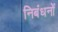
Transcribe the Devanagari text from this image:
निबंधनों